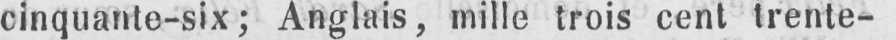
cinquante-six; Anglais, mille trois cent trente-